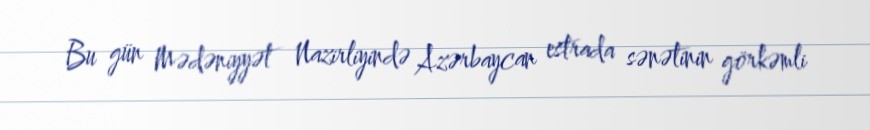
Bu gün Mədəniyyət Nazirliyində Azərbaycan estrada sənətinin görkəmli